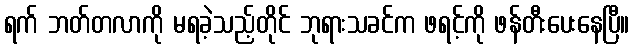
ရက် ဘတ်တလာကို မရခဲ့သည့်တိုင် ဘုရားသခင်က ဖရင့်ကို ဖန်တီးပေးနေပြီ။